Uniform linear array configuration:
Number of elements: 12
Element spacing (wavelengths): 0.5
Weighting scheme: hamming
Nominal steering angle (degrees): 45
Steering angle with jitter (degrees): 44.593
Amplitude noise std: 0.05
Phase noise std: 0.05

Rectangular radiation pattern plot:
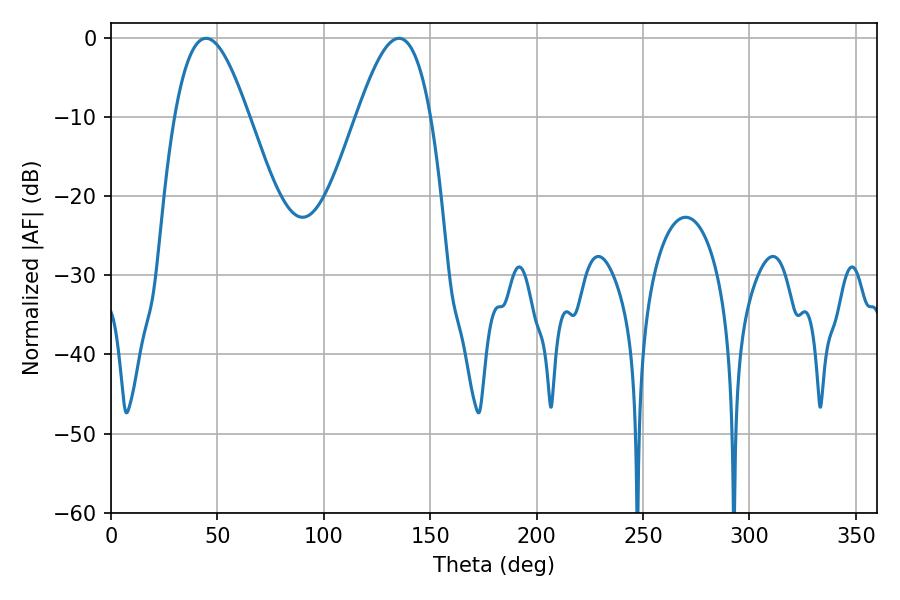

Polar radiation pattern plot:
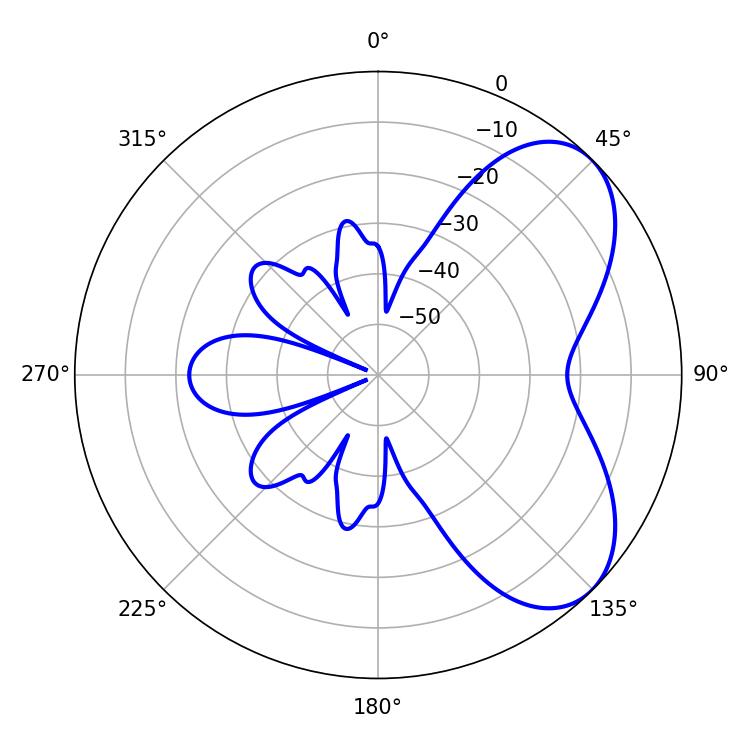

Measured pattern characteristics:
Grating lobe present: FALSE
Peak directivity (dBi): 5.896
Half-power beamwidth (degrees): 18.9
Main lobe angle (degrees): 44.64